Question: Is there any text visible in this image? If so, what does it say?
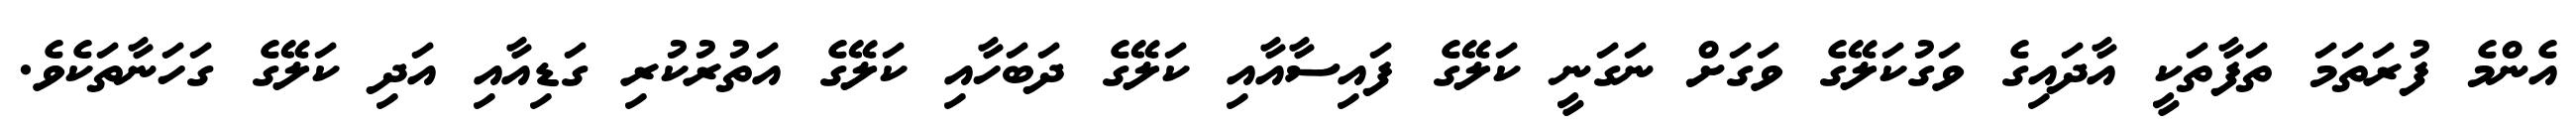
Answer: އެންމެ ފުރަތަމަ ތަފާތަކީ އާދައިގެ ވަގުކަލޭގެ ވަގަށް ނަގަނީ ކަލޭގެ ފައިސާއާއި ކަލޭގެ ދަބަހާއި ކަލޭގެ އަތުރުކުރި ގަޑިއާއި އަދި ކަލޭގެ ގަހަނާތަކެވެ.